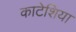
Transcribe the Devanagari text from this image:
काटेशिया